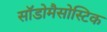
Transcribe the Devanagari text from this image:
सॉडोमैसोस्टिक